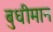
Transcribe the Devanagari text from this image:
बुधीमान